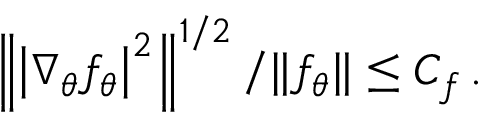
\left\| \left| \nabla _ { \theta } f _ { \theta } \right| ^ { 2 } \right\| ^ { 1 / 2 } / \| f _ { \theta } \| \leq C _ { f } \, .